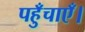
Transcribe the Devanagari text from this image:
पहुँचाएँ।